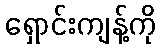
ရှောင်းကျန့်ကို